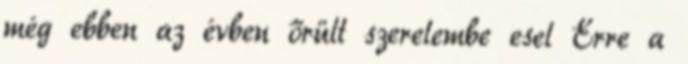
még ebben az évben őrült szerelembe esel Erre a